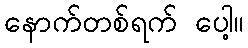
နောက်တစ်ရက် ပေါ့။